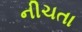
નીચતા